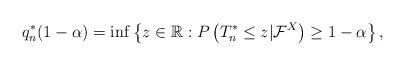
LaTeX: \begin{align*}q_n^*(1-\alpha)=\inf\left\{z\in\mathbb{R}:P\left(T_n^*\leq z|\mathcal{F}^X\right)\geq1-\alpha\right\},\end{align*}